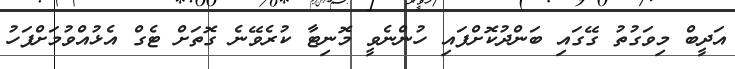
އަދީބް މިވަގުތު ގޭގައި ބަންދުކޮށްފައި ހުންނެވީ މޮނިޓާ ކުރެވޭނެ ގޮތަށް ޓެގް އެޅުއްވުމަށްފަހު